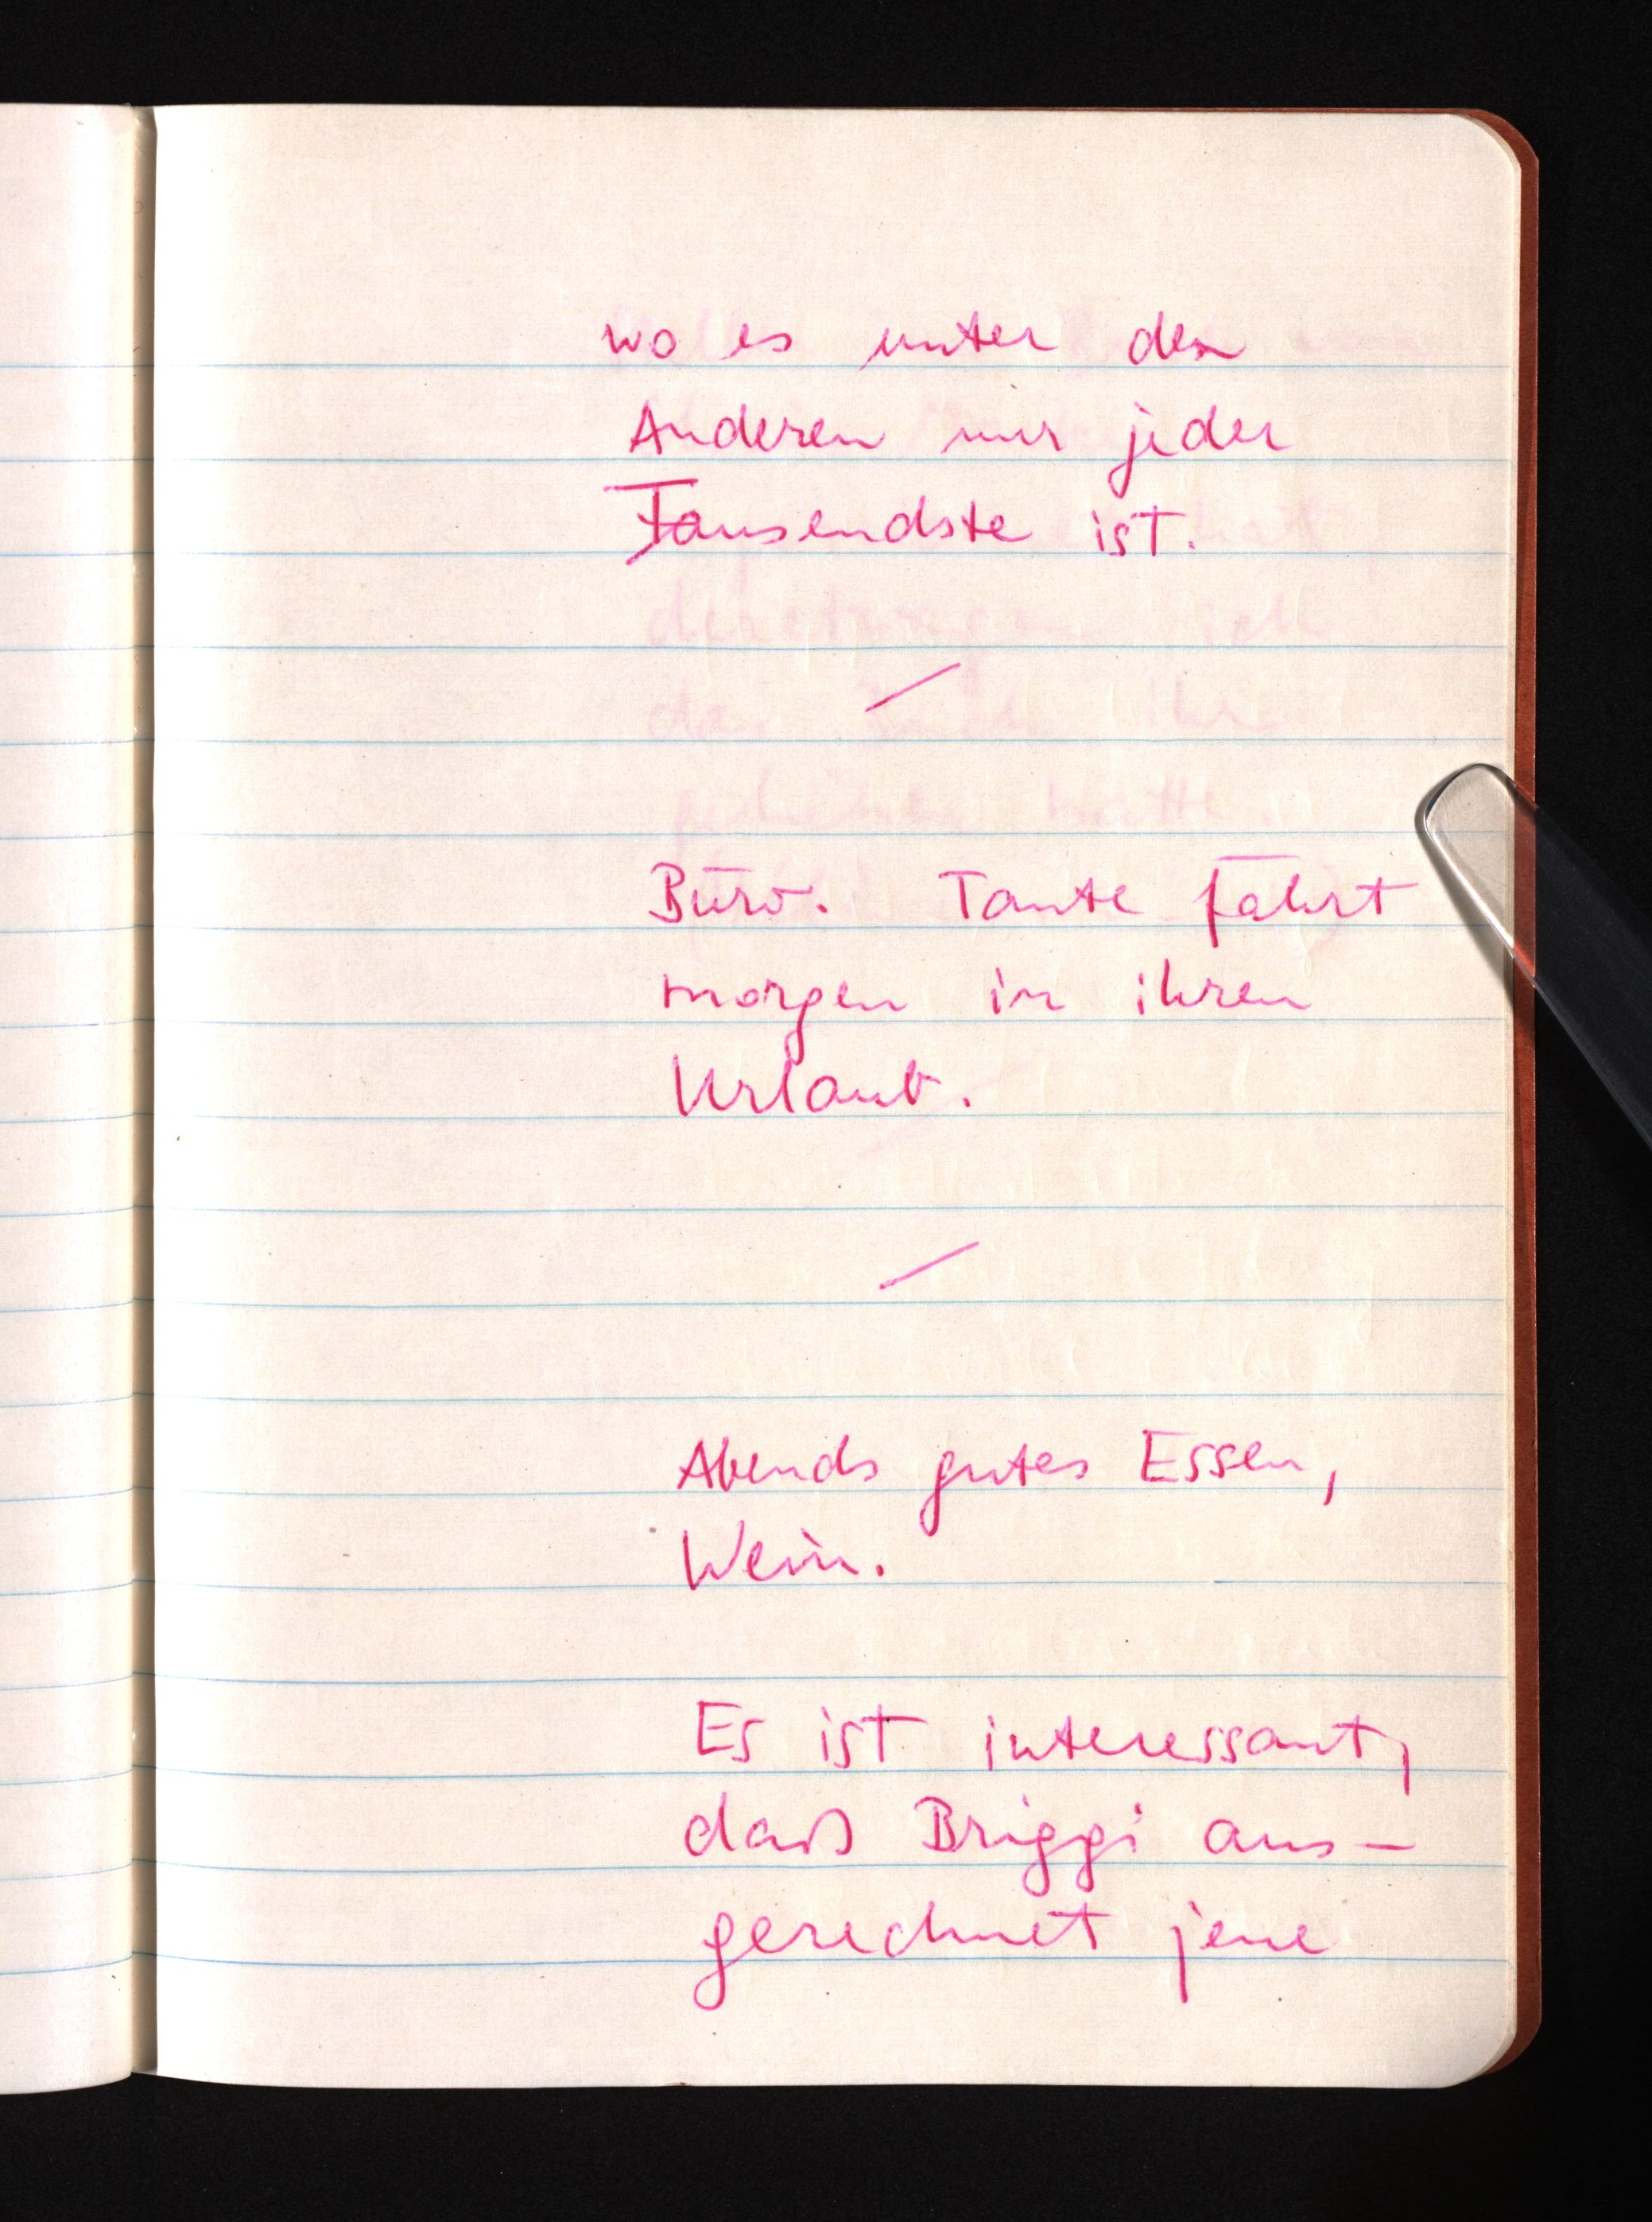
wo es unter den
Anderen nur jeder
Tausendste ist.
Büro. Tante fährt
morgen in ihren
Urlaub.
Abends gutes Essen,
Wein.
Es ist interessant,
daß Briggi aus¬
gerechnet jene